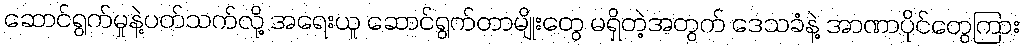
ဆောင်ရွက်မှုနဲ့ပတ်သက်လို့ အရေးယူ ဆောင်ရွက်တာမျိုးတွေ မရှိတဲ့အတွက် ဒေသခံနဲ့ အာဏာပိုင်တွေကြား